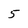
Character: 5